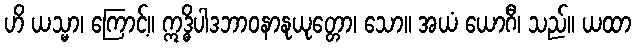
ဟိ ယသ္မာ၊ ကြောင့်။ ဣဒ္ဓိပါဒဘာဝနာနုယုတ္တော၊ သော။ အယံ ယောဂီ၊ သည်။ ယထာ